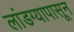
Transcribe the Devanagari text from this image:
लांडग्यापासून